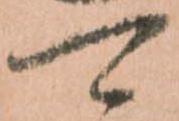
可